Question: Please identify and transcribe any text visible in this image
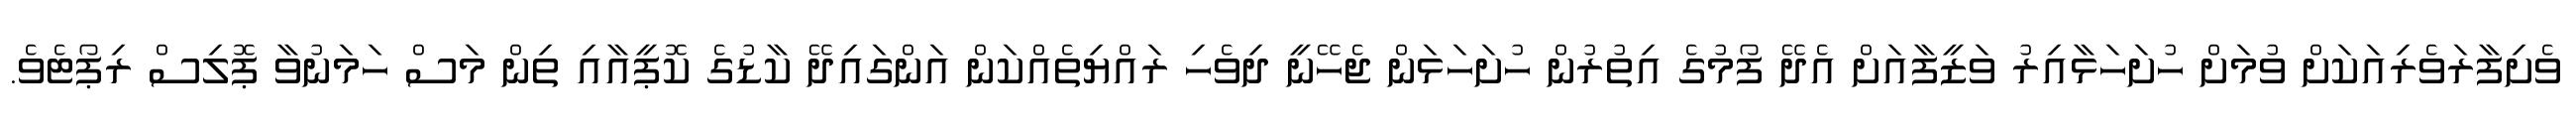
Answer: ވެށިފާރަވެރިއަކަށް ވުމަށް ހުށަހަޅާއިރު ވަޒީފާއަށް އެދޭ ފޯމުގެ އިތުރުން ހުށަހަޅަން ޖެހޭނީ ދިވެހި ރައްޔިތެއްކަން އަންގައިދޭ ކާޑުގެ ކޮޕީއާއި ތިން މަސް ހަމަނުވާ ޕޮލިސް ރިޕޯޓެވެ.